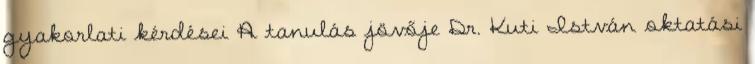
gyakorlati kérdései A tanulás jövője Dr. Kuti István oktatási